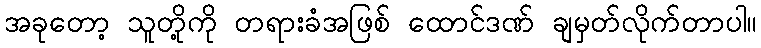
အခုတော့ သူတို့ကို တရားခံအဖြစ် ထောင်ဒဏ် ချမှတ်လိုက်တာပါ။